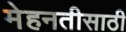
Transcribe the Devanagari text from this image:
मेहनतीसाठी